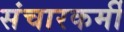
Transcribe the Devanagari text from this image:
संचारकर्मी